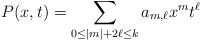
\begin{align*}P(x,t) = \sum_{0\le |m|+2\ell\le k} a_{m,\ell} x^m t^\ell\end{align*}